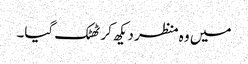
میں وہ منظر دیکھ کر ٹھٹک گیا۔